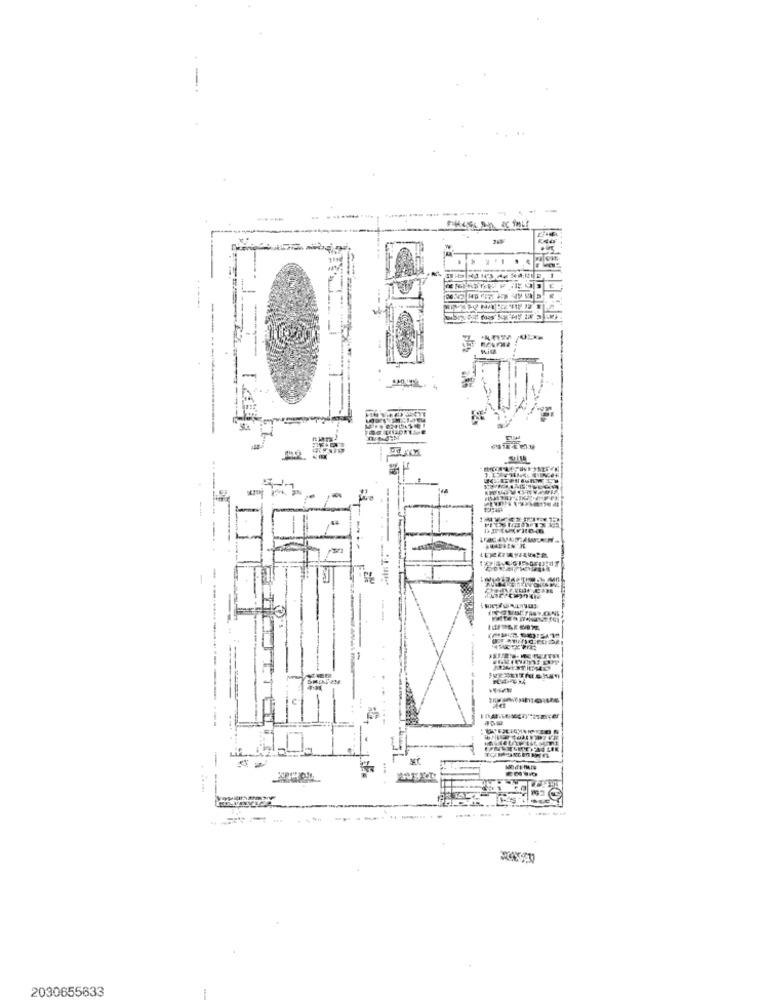
43 H
SHANM
----.
2030655633